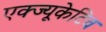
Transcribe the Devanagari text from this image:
एक्ज्यूकेटिव